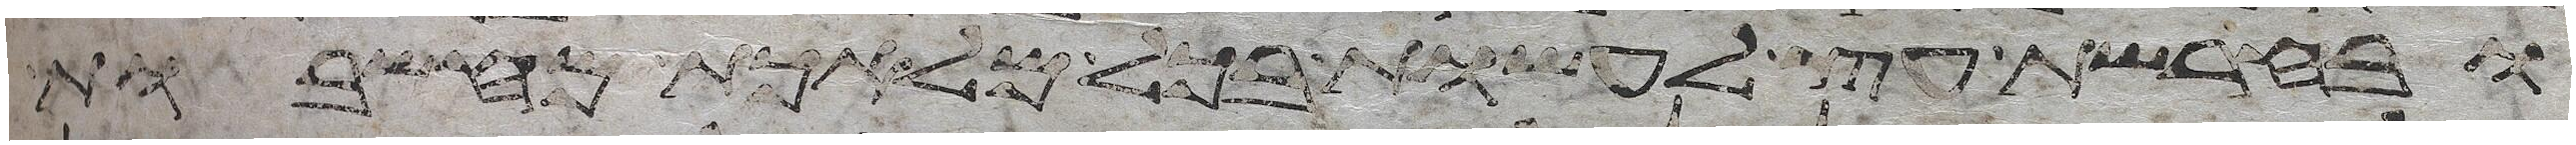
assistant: ובחרשת עץ לעשות בכל מלאכת מחשבות